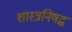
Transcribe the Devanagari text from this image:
शास्त्रनिषद्ध